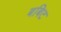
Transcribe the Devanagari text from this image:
बबिट